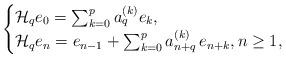
LaTeX: \begin{align*}\begin{cases}\mathcal{H}_{q} e_{0}=\sum_{k=0}^{p} a_{q}^{(k)} e_{k},\\\mathcal{H}_{q} e_{n}=e_{n-1}+\sum_{k=0}^{p} a_{n+q}^{(k)}\,e_{n+k},n\geq 1,\end{cases}\end{align*}